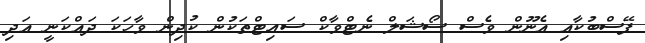
ފޭސްބުކާއި އެނޫން ވެސް ސޯޝަލް ނެޓްވާކް ސައިޓްތަކުން ކުދިން ވާހަކަ ދައްކަނީ އަދި